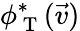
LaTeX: \phi_{\mathrm{~T~}}^{*}(\vec{v})